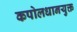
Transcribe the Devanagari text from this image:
कपोलधानयुक्त